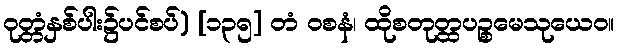
ဝုတ္တံနှစ်ပါး၌ပင်စပ်) [၁၃၅] တံ ဝစနံ၊ ထိုစတုတ္ထပဉ္စမေသုယေဝ။